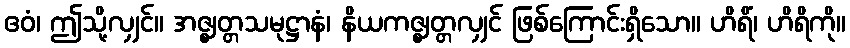
ဧဝံ၊ ဤသို့လျှင်။ အဇ္ဈတ္တသမုဋ္ဌာနံ၊ နိယကဇ္ဈတ္တလျှင် ဖြစ်ကြောင်းရှိသော။ ဟိရိံ၊ ဟိရိကို။